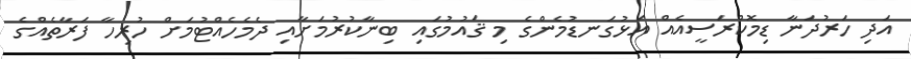
އަދި ހަރުދަނާ ޑިމޮކްރަސީއެއް އަޅުގަނޑުމެންގެ މި ޤައުމުގައި ބިނާކުރުމަށާއި ދެމެހެއްޓުމަށް ހުރިހާ ފަރާތެއްގެ